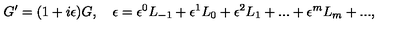
G ^ { \prime } = ( 1 + i \epsilon ) G , \quad \epsilon = \epsilon ^ { 0 } L _ { - 1 } + { \epsilon ^ { 1 } } L _ { 0 } + { \epsilon ^ { 2 } } L _ { 1 } + . . . + { \epsilon ^ { m } } L _ { m } + . . . ,